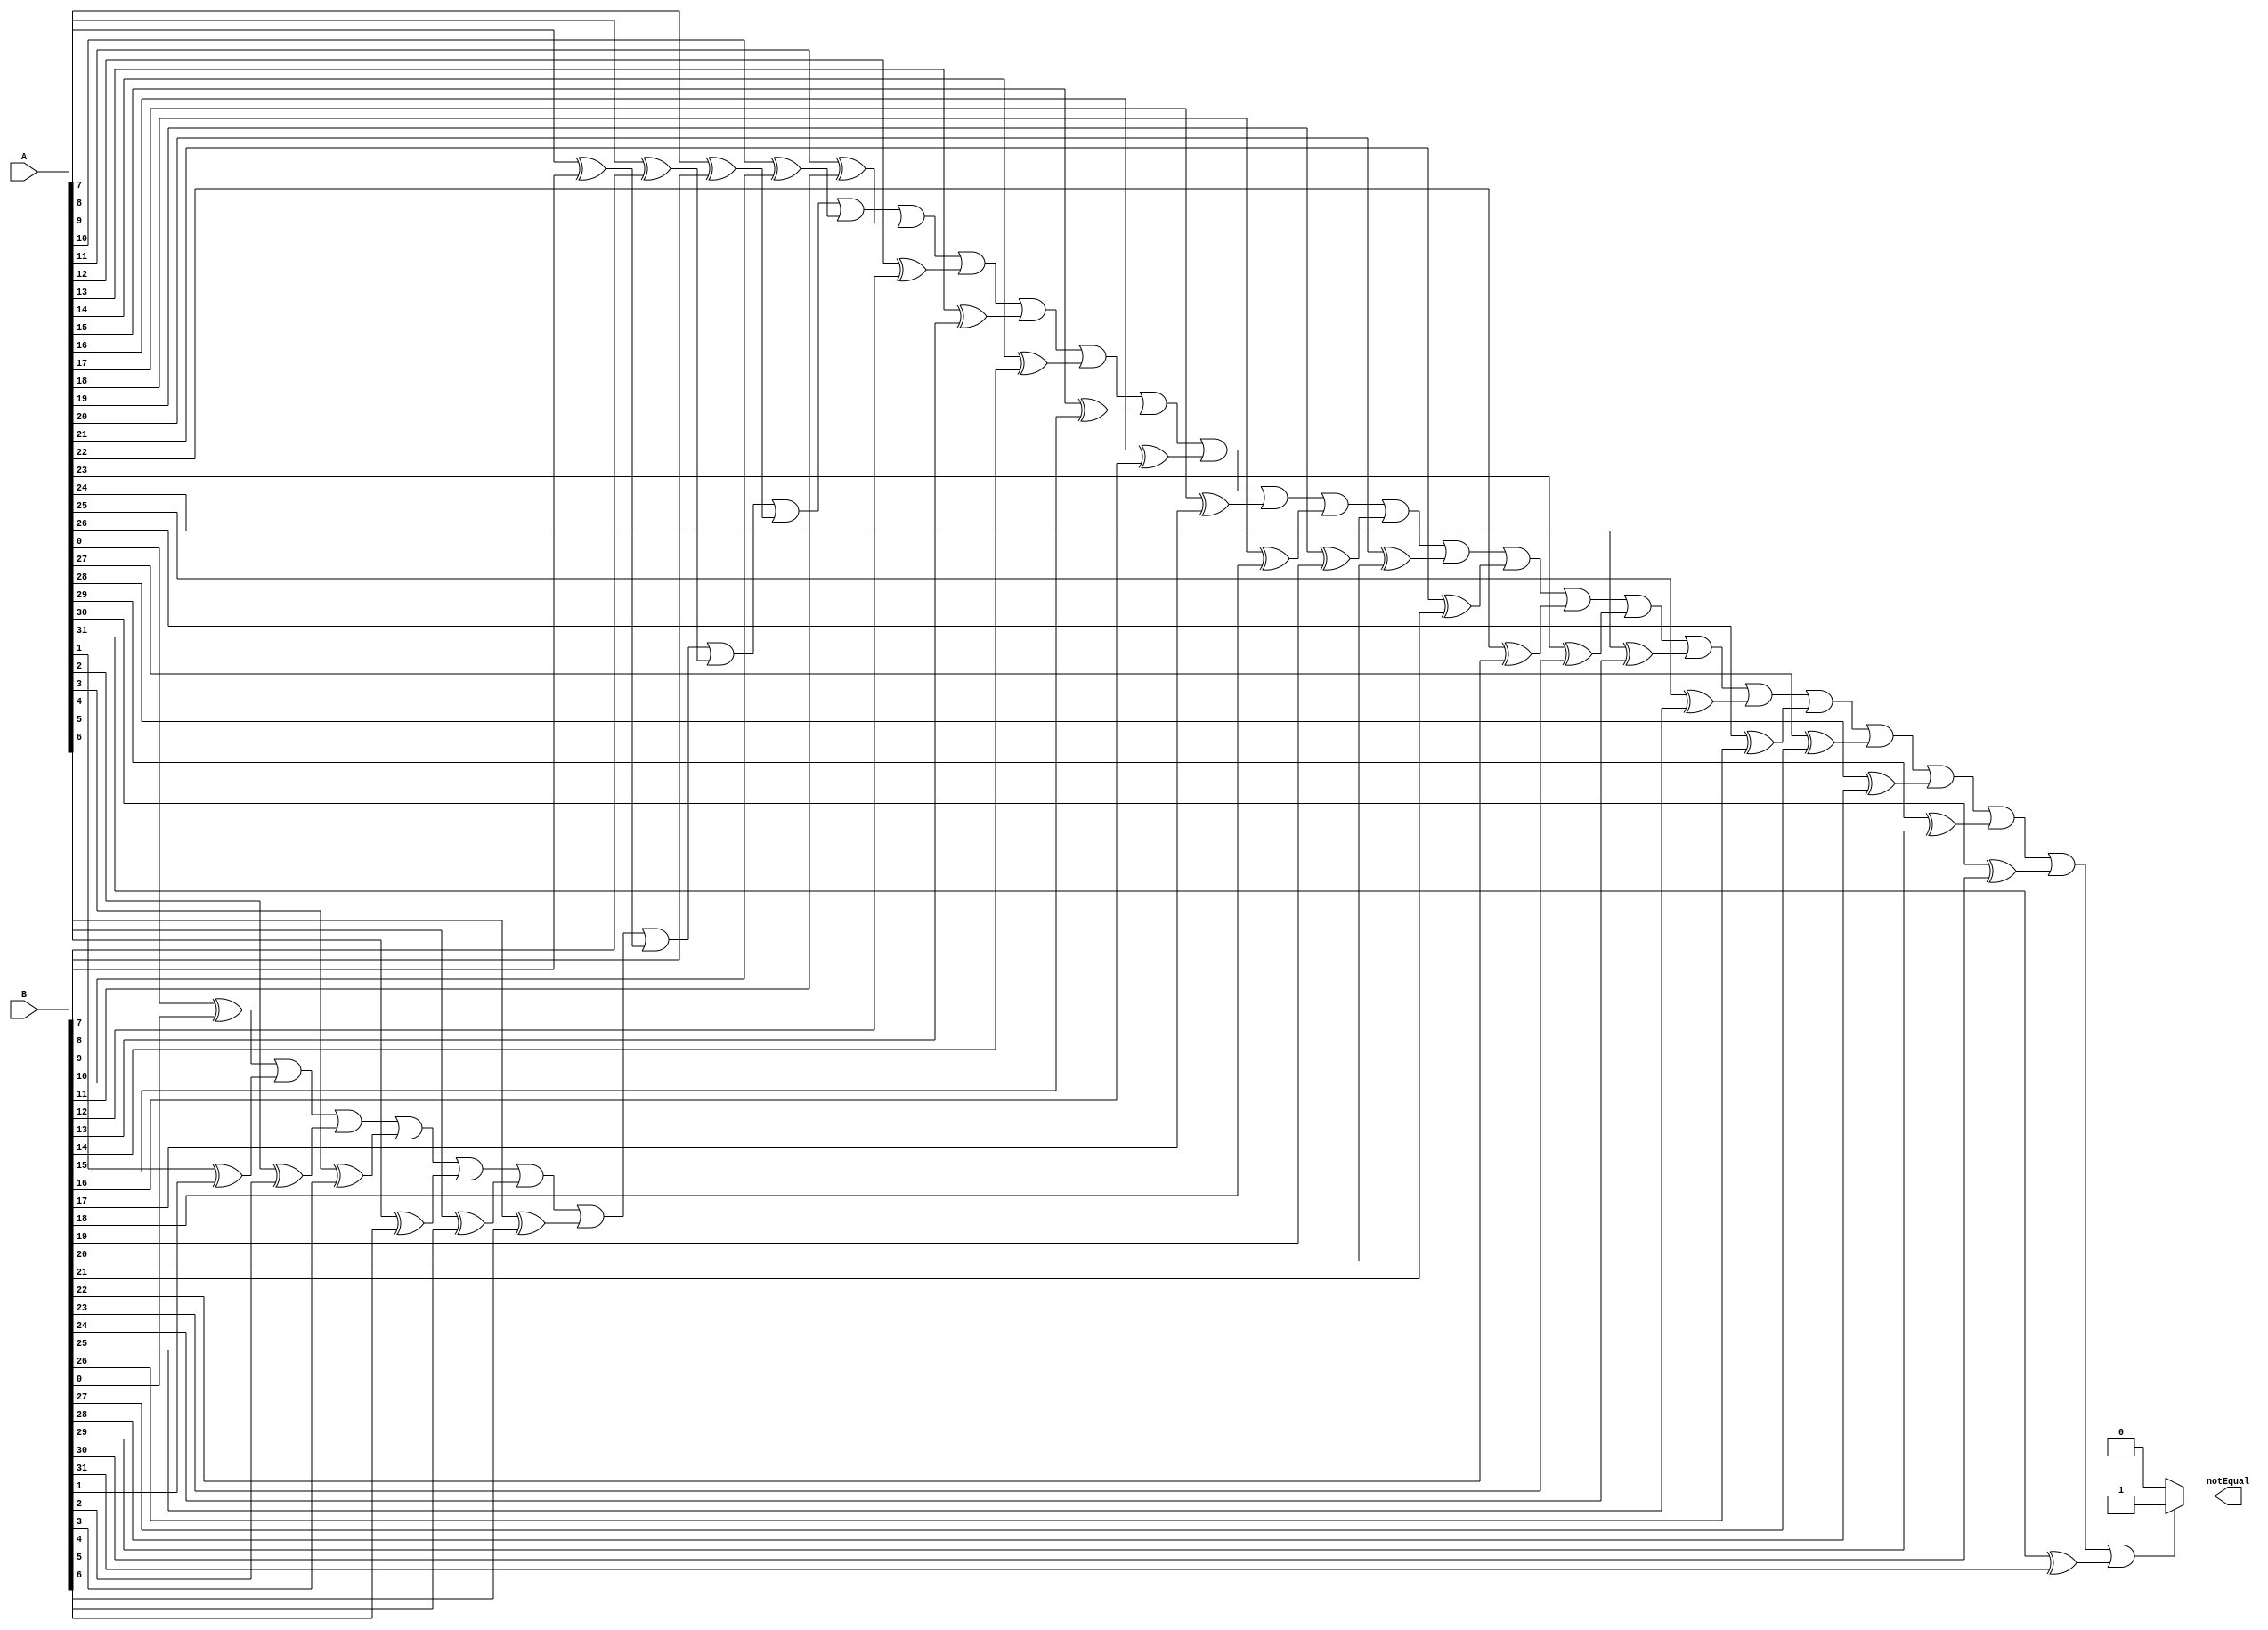
module isNotEqual_32bit(A, B, notEqual);
	input[31:0] A, B;
	output notEqual;
	wire[31:0] xor_out;
	wire[31:0] compare_xorout;

	
	genvar i;
	generate
	for (i=0; i<32; i=i+1) begin: begin_xor
		xor xor1(xor_out[i], A[i], B[i]);
	end
	endgenerate
	
	
	assign compare_xorout[0] = xor_out[0];
	genvar j;
	generate
	for (j=1; j<32; j=j+1) begin: begin_or
		or or1(compare_xorout[j], compare_xorout[j-1], xor_out[j]);
	end
	endgenerate
	
	assign notEqual= (compare_xorout[31] == 1) ? 1 : 0;
	
endmodule